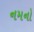
નમનો